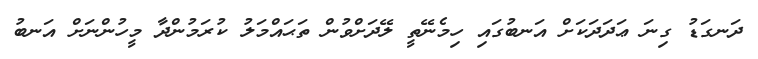
ދަނގަޑު ގިނަ ޢަދަދަކަށް އަނބުގައި ހިމެނޭތީ ލޭދަށްވުން ތަޙައްމަލު ކުރަމުންދާ މީހުންނަށް އަނބު